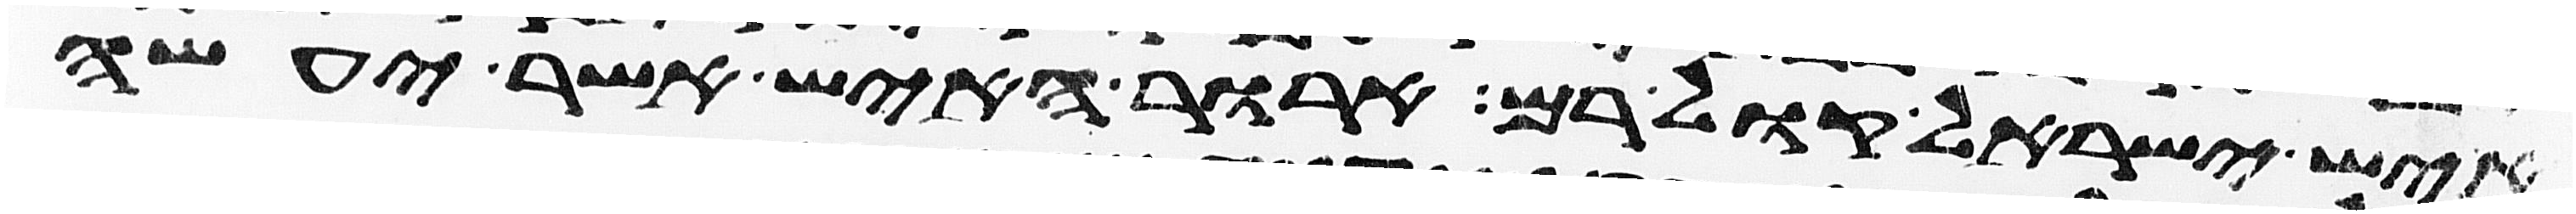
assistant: איש ישראל קול רם ארור האיש אשר יעשה